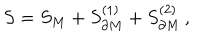
S = S _ { M } + S _ { \partial M } ^ { ( 1 ) } + S _ { \partial M } ^ { ( 2 ) } \, ,